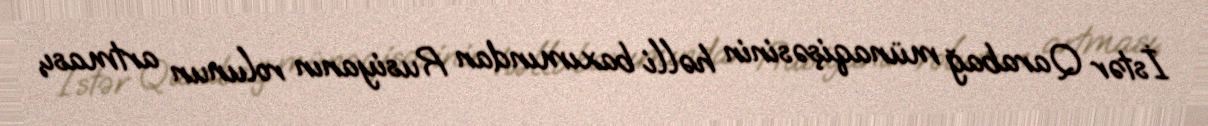
İstər Qarabağ münaqişəsinin həlli baxımından Rusiyanın rolunun artması,